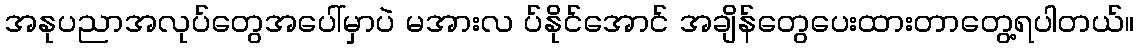
အနုပညာအလုပ်တွေအပေါ်မှာပဲ မအားလ ပ်နိုင်အောင် အချိန်တွေပေးထားတာတွေ့ရပါတယ်။